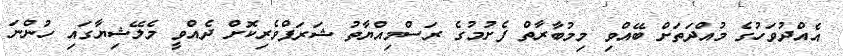
އެއްދުވަހުގެ މުއްދަތަށް ބޭއްވި މިމުބާރާތް ފެށުމުގެ ރަސްމިއްޔާތު ޝަރަފްވެރިކޮށް ދެއްވީ މެލޭޝިޔާގައި ހުންނަ